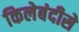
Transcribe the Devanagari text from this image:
किलेबंदीसे